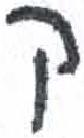
אות: ק